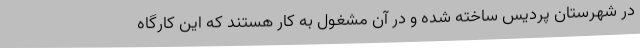
در شهرستان پردیس ساخته شده و در آن مشغول به کار هستند که این کارگاه